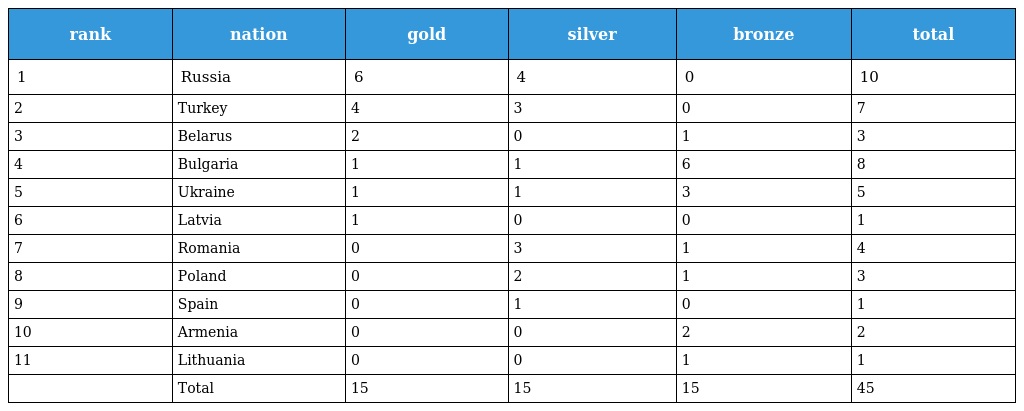
| rank | nation | gold | silver | bronze | total |
 | --- | --- | --- | --- | --- | --- |
 | 1 | Russia | 6 | 4 | 0 | 10 |
 | 2 | Turkey | 4 | 3 | 0 | 7 |
 | 3 | Belarus | 2 | 0 | 1 | 3 |
 | 4 | Bulgaria | 1 | 1 | 6 | 8 |
 | 5 | Ukraine | 1 | 1 | 3 | 5 |
 | 6 | Latvia | 1 | 0 | 0 | 1 |
 | 7 | Romania | 0 | 3 | 1 | 4 |
 | 8 | Poland | 0 | 2 | 1 | 3 |
 | 9 | Spain | 0 | 1 | 0 | 1 |
 | 10 | Armenia | 0 | 0 | 2 | 2 |
 | 11 | Lithuania | 0 | 0 | 1 | 1 |
 |  | Total | 15 | 15 | 15 | 45 |